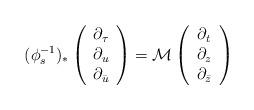
LaTeX: \begin{align*}(\phi_s^{-1})_*\left( \begin{array}{c}\partial_{\tau}\\\partial_{u}\\\partial_{\bar{u}}\end{array} \right)=\mathcal{M}\left( \begin{array}{c}\partial_{t}\\\partial_{z}\\\partial_{\bar{z}}\end{array} \right)\end{align*}